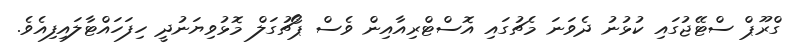
ގްރޫޕް ސްޓޭޖުގައި ކުޅުނު ދެވަނަ މެޗުގައި އޮސްޓްރިއާއިން ވެސް ޕޯޗުގަލް މޮޅުވިޔަނުދީ ހިފަހައްޓާލައިފިއެވެ.